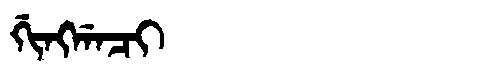
Manchu: ᡤᡳᠩᡤᠠᠴᡳ
Romanization: GINGGACI